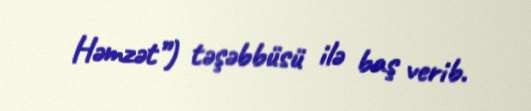
Həmzət”) təşəbbüsü ilə baş verib.